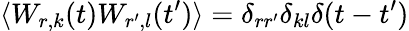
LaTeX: \langle W_{r,k}(t)W_{r^{\prime},l}(t^{\prime})\rangle=\delta_{rr^{\prime}}\delta_{kl}\delta(t-t^{\prime})